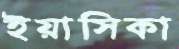
ইয়াসিকা